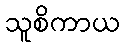
သူစိကာယ